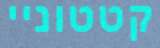
קטטוניי